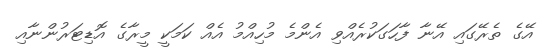
އޭގެ ތެރޭގައި އޭނާ ފާހަގަކުރެއްވި އެންމެ މުހިއްމު އެއް ކަމަކީ މީރާގެ އޮޑިޓަރުންނާއި